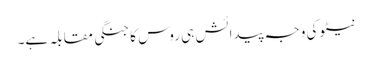
نیٹو کی وجہ پیدائش ہی روس کا جنگی مقابلہ ہے۔